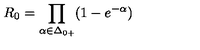
R _ { 0 } = \prod _ { \alpha \in \Delta _ { 0 + } } ( 1 - e ^ { - \alpha } ) \/